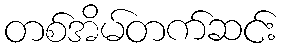
တစ်အိမ်တက်ဆင်း